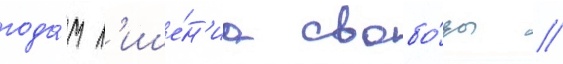
года́м л'ише́н'иа свобо́ды //